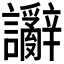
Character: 𫍗